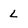
Character: L